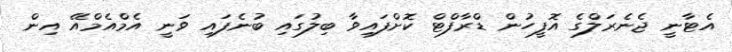
އެޓާނީ ޖެނެރަލްގެ އޮފީހުން ޑްރާފްޓް ކޮށްފައިވާ ބިލުގައި ބުނެފައި ވަނީ އެމްއެމްއޭ އިން